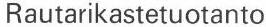
Rautarikastetuotanto